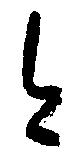
今